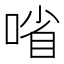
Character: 㗂